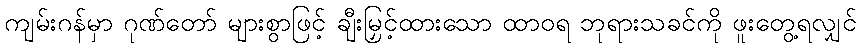
ကျမ်းဂန်မှာ ဂုဏ်တော် များစွာဖြင့် ချီးမြှင့်ထားသော ထာဝရ ဘုရားသခင်ကို ဖူးတွေ့ရလျှင်